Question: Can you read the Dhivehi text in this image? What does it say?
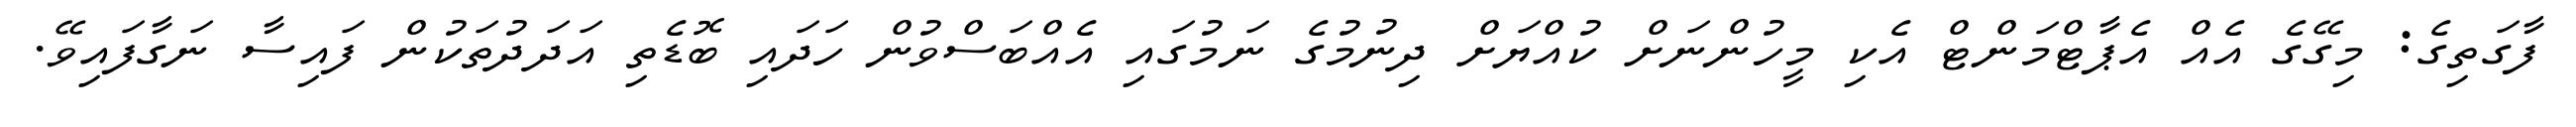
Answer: ފާގަތިގެ: މިގޭގެ އެއް އެޕާޓްމަންޓް އެކި މީހުންނަށް ކުއްޔަށް ދިނުމުގެ ނަމުގައި އެއްބަސްވުން ހަދައި ބޮޑެތި އަދަދުތަކުން ފައިސާ ނަގާފައިވޭ.